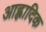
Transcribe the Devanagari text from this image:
आह्लादिक